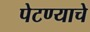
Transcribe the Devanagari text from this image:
पेटण्याचे